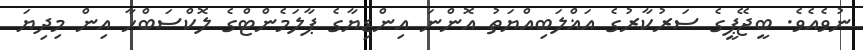
ނުވެއެވެ. ބީޖޭޕީގެ ސަރުކާރުގެ އަޣްލަބިއްޔަތު އޮންނަ އިންޑިޔާގެ ޕާލަމެންޓްގެ ލޮކްސަބްހާ އިން މިދިޔަ